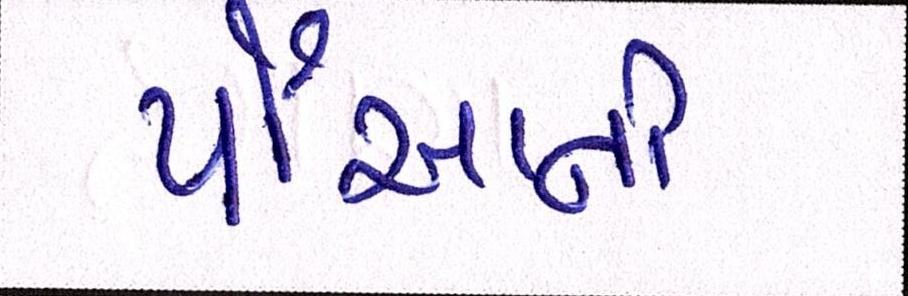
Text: પૌઆની